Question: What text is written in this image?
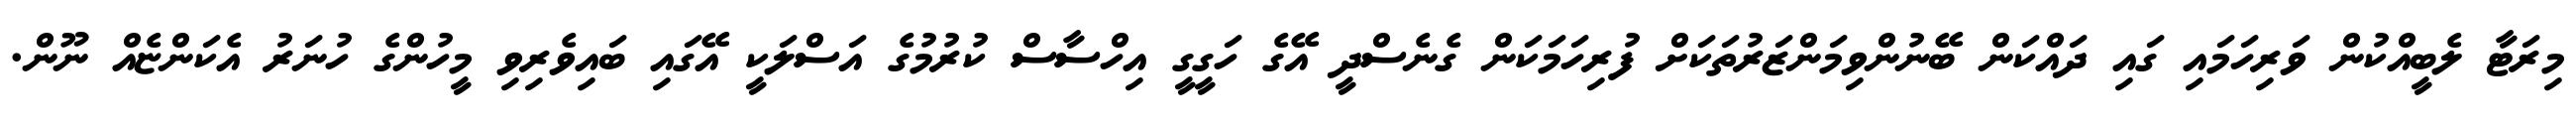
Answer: މިރަޓާ ލެބީއްކުން ވަރިހަމައި ގައި ދައްކަން ބޭނުންވިމަންޒަރުތަކަށް ފުރިހަމަކަން ގެނެސްދީ އޭގެ ހަގީގީ އިހްސާސް ކުރުމުގެ އަސްލަކީ އޭގައި ބައިވެރިވި މީހުންގެ ހުނަރު އެކަންޏެއް ނޫން.